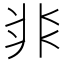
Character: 𩇨